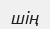
шің